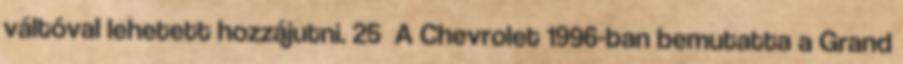
váltóval lehetett hozzájutni. 25 A Chevrolet 1996-ban bemutatta a Grand